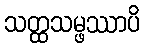
သတ္ထသမ္ဖဿာပိ